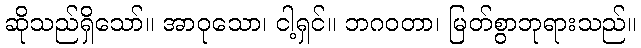
ဆိုသည်ရှိသော်။ အာဝုသော၊ ငါ့ရှင်။ ဘဂဝတာ၊ မြတ်စွာဘုရားသည်။